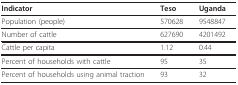
<table><thead><tr><td><b>Indicator</b></td><td><b>Teso</b></td><td><b>Uganda</b></td></tr></thead><tbody><tr><td>Population (people)</td><td>570628</td><td>9548847</td></tr><tr><td>Number of cattle</td><td>627690</td><td>4201492</td></tr><tr><td>Cattle per capita</td><td>1.12</td><td>0.44</td></tr><tr><td>Percent of households with cattle</td><td>95</td><td>35</td></tr><tr><td>Percent of households using animal traction</td><td>93</td><td>32</td></tr></tbody></table>